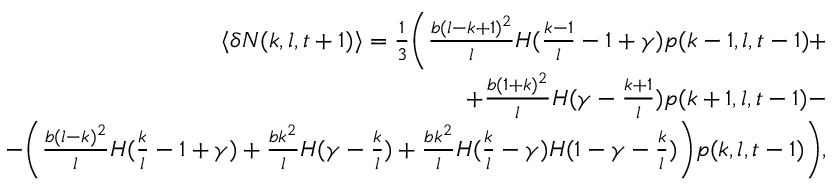
\begin{array} { r } { \langle \delta N ( k , l , t + 1 ) \rangle = \frac { 1 } { 3 } \Bigg ( \frac { b ( l - k + 1 ) ^ { 2 } } { l } H ( \frac { k - 1 } { l } - 1 + \gamma ) p ( k - 1 , l , t - 1 ) + } \\ { + \frac { b ( 1 + k ) ^ { 2 } } { l } H ( \gamma - \frac { k + 1 } { l } ) p ( k + 1 , l , t - 1 ) - } \\ { - \bigg ( \frac { b ( l - k ) ^ { 2 } } { l } H ( \frac { k } { l } - 1 + \gamma ) + \frac { b k ^ { 2 } } { l } H ( \gamma - \frac { k } { l } ) + \frac { b k ^ { 2 } } { l } H ( \frac { k } { l } - \gamma ) H ( 1 - \gamma - \frac { k } { l } ) \bigg ) p ( k , l , t - 1 ) \Bigg ) , } \end{array}